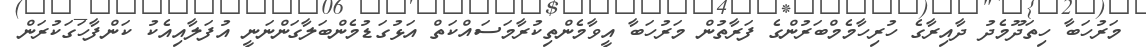
މަރުހަބާ ހިތަދޫމެދު ދާއިރާގެ ހުރިހާމެމްބަރުންގެ ފަރާތުން މަރުހަބާ އީވާމެންތިކުރާމަސައްކަތް އަޅުގަޑުމެންބަލާގަންނަނީ އުފަލާއިއެކު ކަންފާހަގަކުރަން